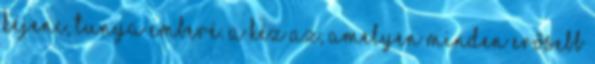
kéjenc, tunya emberé. A kéz az, amelyen minden erősebb